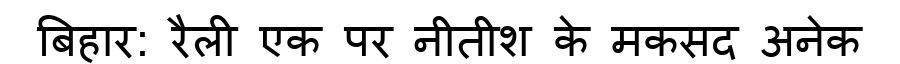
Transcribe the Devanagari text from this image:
बिहार: रैली एक पर नीतीश के मकसद अनेक